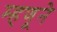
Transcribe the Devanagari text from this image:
म्हणूने